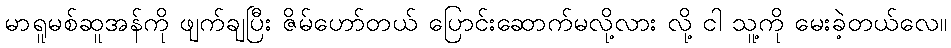
မာရူမစ်ဆူအန်ကို ဖျက်ချပြီး ဇိမ်ဟော်တယ် ပြောင်းဆောက်မလို့လား လို့ ငါ သူ့ကို မေးခဲ့တယ်လေ။